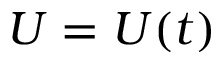
U = U ( t )